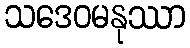
သဒေဝမနုဿာ